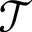
\mathcal T